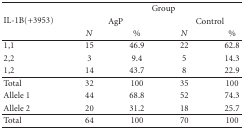
<table><thead><tr><td rowspan="3"><b>IL-1B(+3953)</b></td><td colspan="4"><b>Group</b></td></tr><tr><td colspan="2"><b>AgP</b></td><td colspan="2"><b>Control</b></td></tr><tr><td><b><i>N</i></b></td><td><b>%</b></td><td><b><i>N</i></b></td><td><b>%</b></td></tr></thead><tbody><tr><td>1,1</td><td>15</td><td>46.9</td><td>22</td><td>62.8</td></tr><tr><td>2,2</td><td>3</td><td>9.4</td><td>5</td><td>14.3</td></tr><tr><td>1,2</td><td>14</td><td>43.7</td><td>8</td><td>22.9</td></tr><tr><td>Total</td><td>32</td><td>100</td><td>35</td><td>100</td></tr><tr><td>Allele 1</td><td>44</td><td>68.8</td><td>52</td><td>74.3</td></tr><tr><td>Allele 2</td><td>20</td><td>31.2</td><td>18</td><td>25.7</td></tr><tr><td>Total</td><td>64</td><td>100</td><td>70</td><td>100</td></tr></tbody></table>